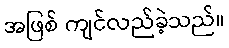
အဖြစ် ကျင်လည်ခဲ့သည်။